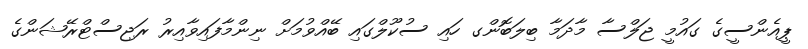
ޕީއެންސީގެ ގައުމީ ޖަލްސާ މާދަމާ ބިލަބޮންގ ހައި ސުކޫލްގައި ބޭއްވުމަށް ނިންމާފައިވާއިރު ރަޖިސްޓްރޭޝަންގެ